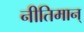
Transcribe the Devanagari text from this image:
नीतिमान्